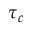
\tau _ { c }